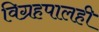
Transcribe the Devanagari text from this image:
विग्रहपालही